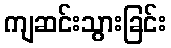
ကျဆင်းသွားခြင်း